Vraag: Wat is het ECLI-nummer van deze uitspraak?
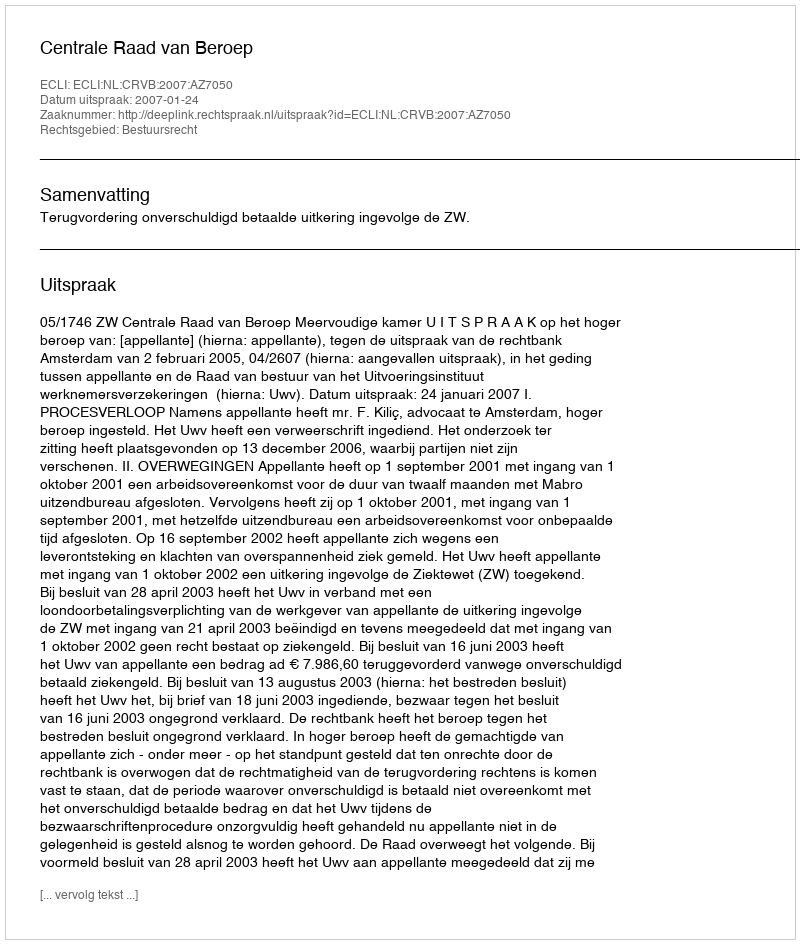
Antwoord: ECLI:NL:CRVB:2007:AZ7050